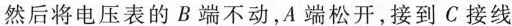
然后将电压表的B端不动，A端松开，接到C接线